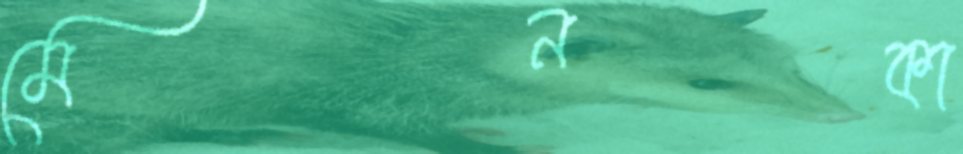
মেনকা